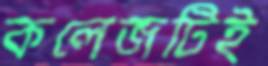
কলেজটিই